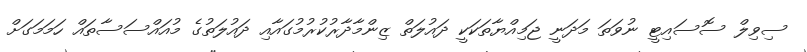
ސިވިލް ސޮސައިޓީ ނުވަތަ މަދަނީ ޖަމިއްޔާތަކަކީ ދައުލަތް ޒިންމާދާރުކުރުމުގައާއި ދައުލަތުގެ މުއައްސަސާތައް ހަމަމަގަށް